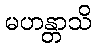
မဟန္တာသိ